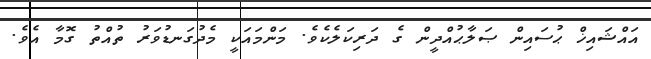
އައްޝައިޚް ޙުސައިން ޞަލާޙުއްދީން ގެ ދަރިކަލެކެވެ. މަންމައަކީ މެދުގަނޑުވަރު ތުއްތު ގޮމާ އެވެ.